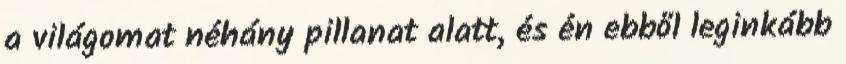
a világomat néhány pillanat alatt, és én ebből leginkább